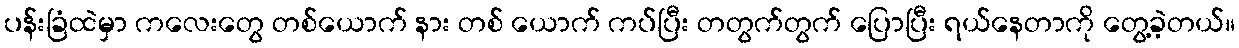
ပန်းခြံထဲမှာ ကလေးတွေ တစ်ယောက် နား တစ် ယောက် ကပ်ပြီး တတွက်တွက် ပြောပြီး ရယ်နေတာကို တွေ့ခဲ့တယ်။